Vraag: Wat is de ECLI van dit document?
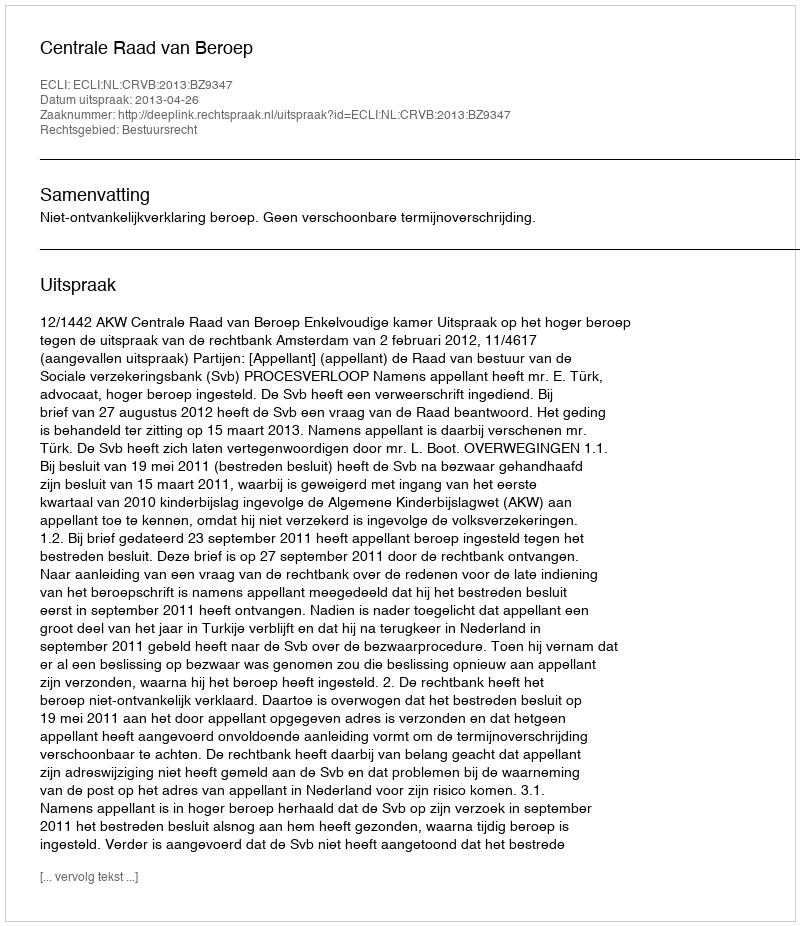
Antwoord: ECLI:NL:CRVB:2013:BZ9347